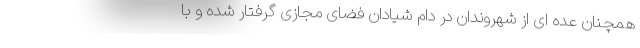
همچنان عده ای از شهروندان در دام شیادان فضای مجازی گرفتار شده و با